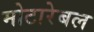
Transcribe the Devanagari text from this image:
मोटारेबल